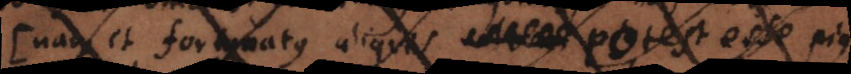
Nam et fortunatus aliquis potest esse pius,